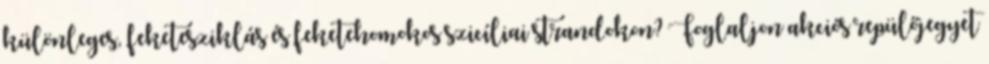
különleges, feketesziklás és feketehomokos szicíliai strandokon? Foglaljon akciós repülőjegyet